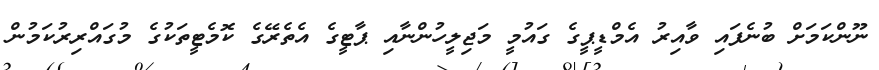
ނޫންކަމަށް ބުނެފައި ވާއިރު އެމްޑީޕީގެ ގައުމީ މަޖިލީހުންނާއި ޕާޓީގެ އެތެރޭގެ ކޮމެޓީތަކުގެ މުގައްރިރުކަމުން